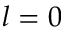
l = 0